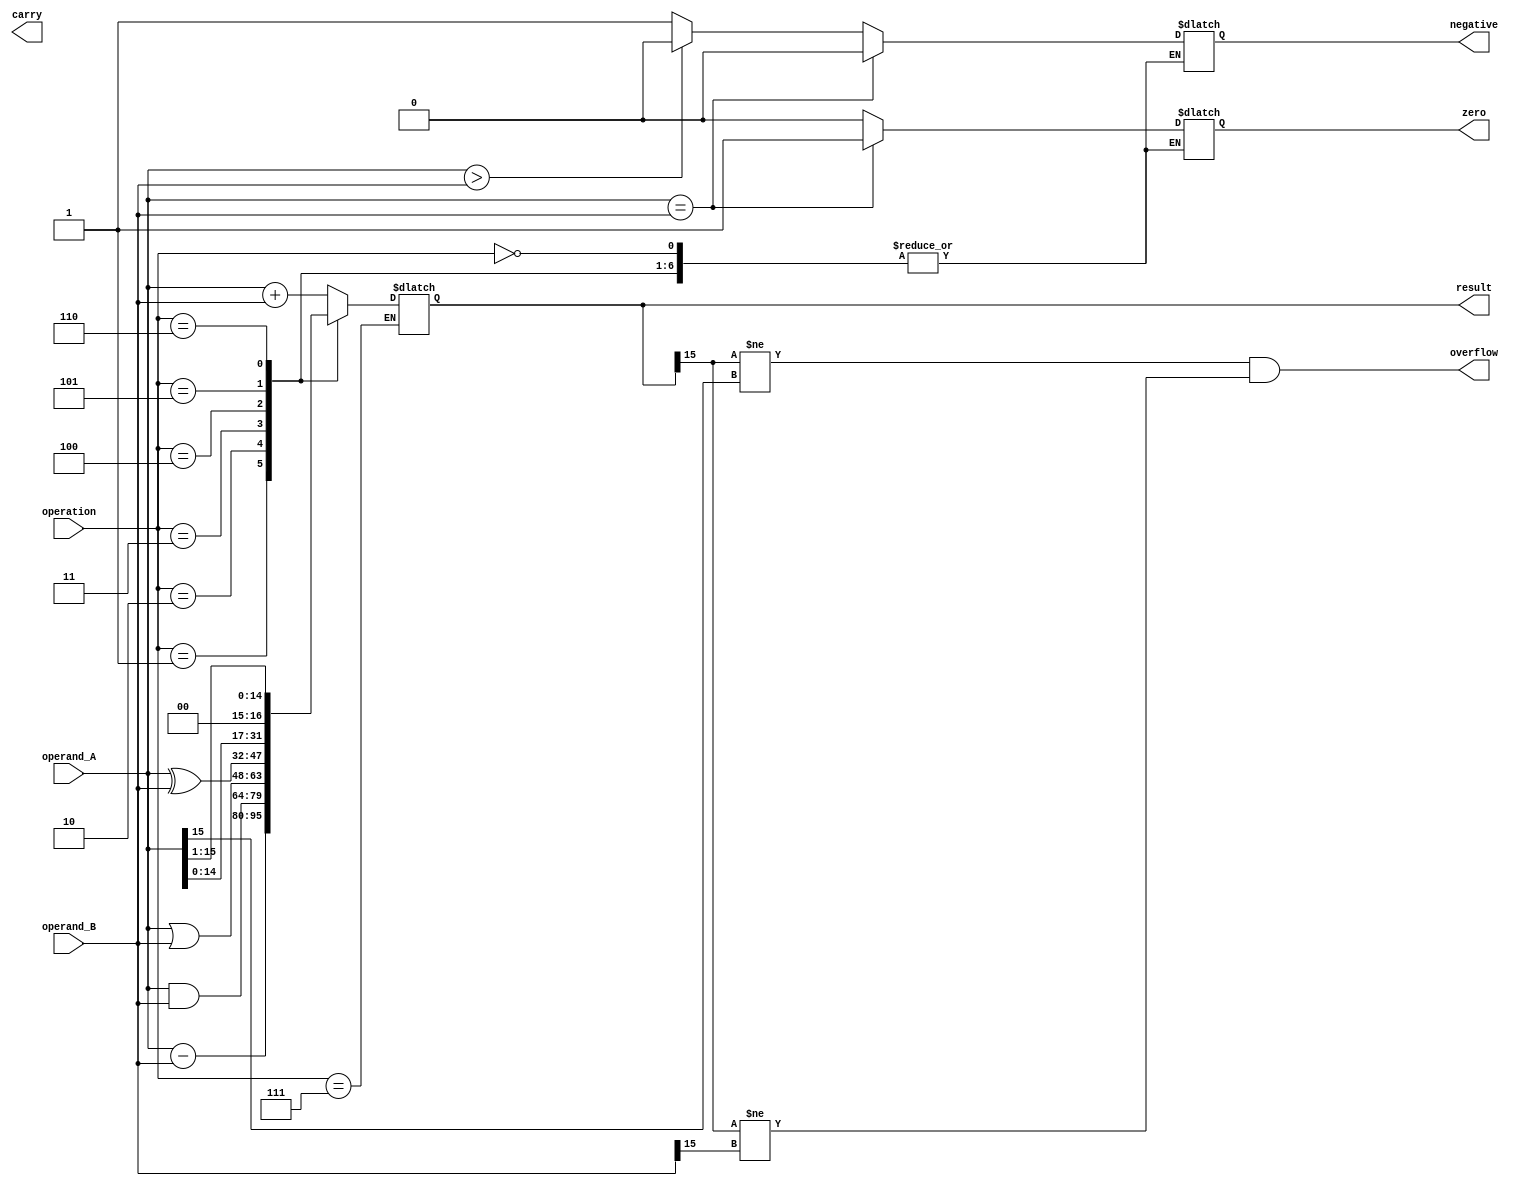
module ALU (
    input [15:0] operand_A,
    input [15:0] operand_B,
    input [2:0] operation,
    output [15:0] result,
    output zero,
    output carry,
    output overflow,
    output negative
);

wire [15:0] addition_result;
wire [15:0] subtraction_result;
wire [15:0] and_result;
wire [15:0] or_result;
wire [15:0] xor_result;
wire [15:0] shift_left_result;
wire [15:0] shift_right_result;

assign addition_result = operand_A + operand_B;
assign subtraction_result = operand_A - operand_B;
assign and_result = operand_A & operand_B;
assign or_result = operand_A | operand_B;
assign xor_result = operand_A ^ operand_B;
assign shift_left_result = operand_A << 1;
assign shift_right_result = operand_A >> 1;

always @(*) begin
    case(operation)
        3'b000: begin // Addition
            result = addition_result;
        end
        3'b001: begin // Subtraction
            result = subtraction_result;
        end
        3'b010: begin // AND
            result = and_result;
        end
        3'b011: begin // OR
            result = or_result;
        end
        3'b100: begin // XOR
            result = xor_result;
        end
        3'b101: begin // Shift Left
            result = shift_left_result;
        end
        3'b110: begin // Shift Right
            result = shift_right_result;
        end
        3'b111: begin // Comparison
            if(operand_A == operand_B) begin
                zero = 1;
                negative = 0;
            end
            else if(operand_A > operand_B) begin
                zero = 0;
                negative = 0;
            end
            else begin
                zero = 0;
                negative = 1;
            end
        end
    endcase
end

// flags logic
assign carry = (result[16] == 1);
assign overflow = (result[15] != operand_A[15] && result[15] != operand_B[15]);

endmodule